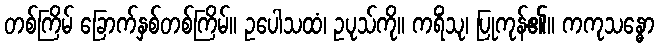
တစ်ကြိမ် ခြောက်နှစ်တစ်ကြိမ်။ ဥပေါသထံ၊ ဥပုသ်ကို။ ကရိံသု၊ ပြုကုန်၏။ ကကုသန္ဓော